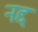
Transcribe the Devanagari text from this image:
नद्द